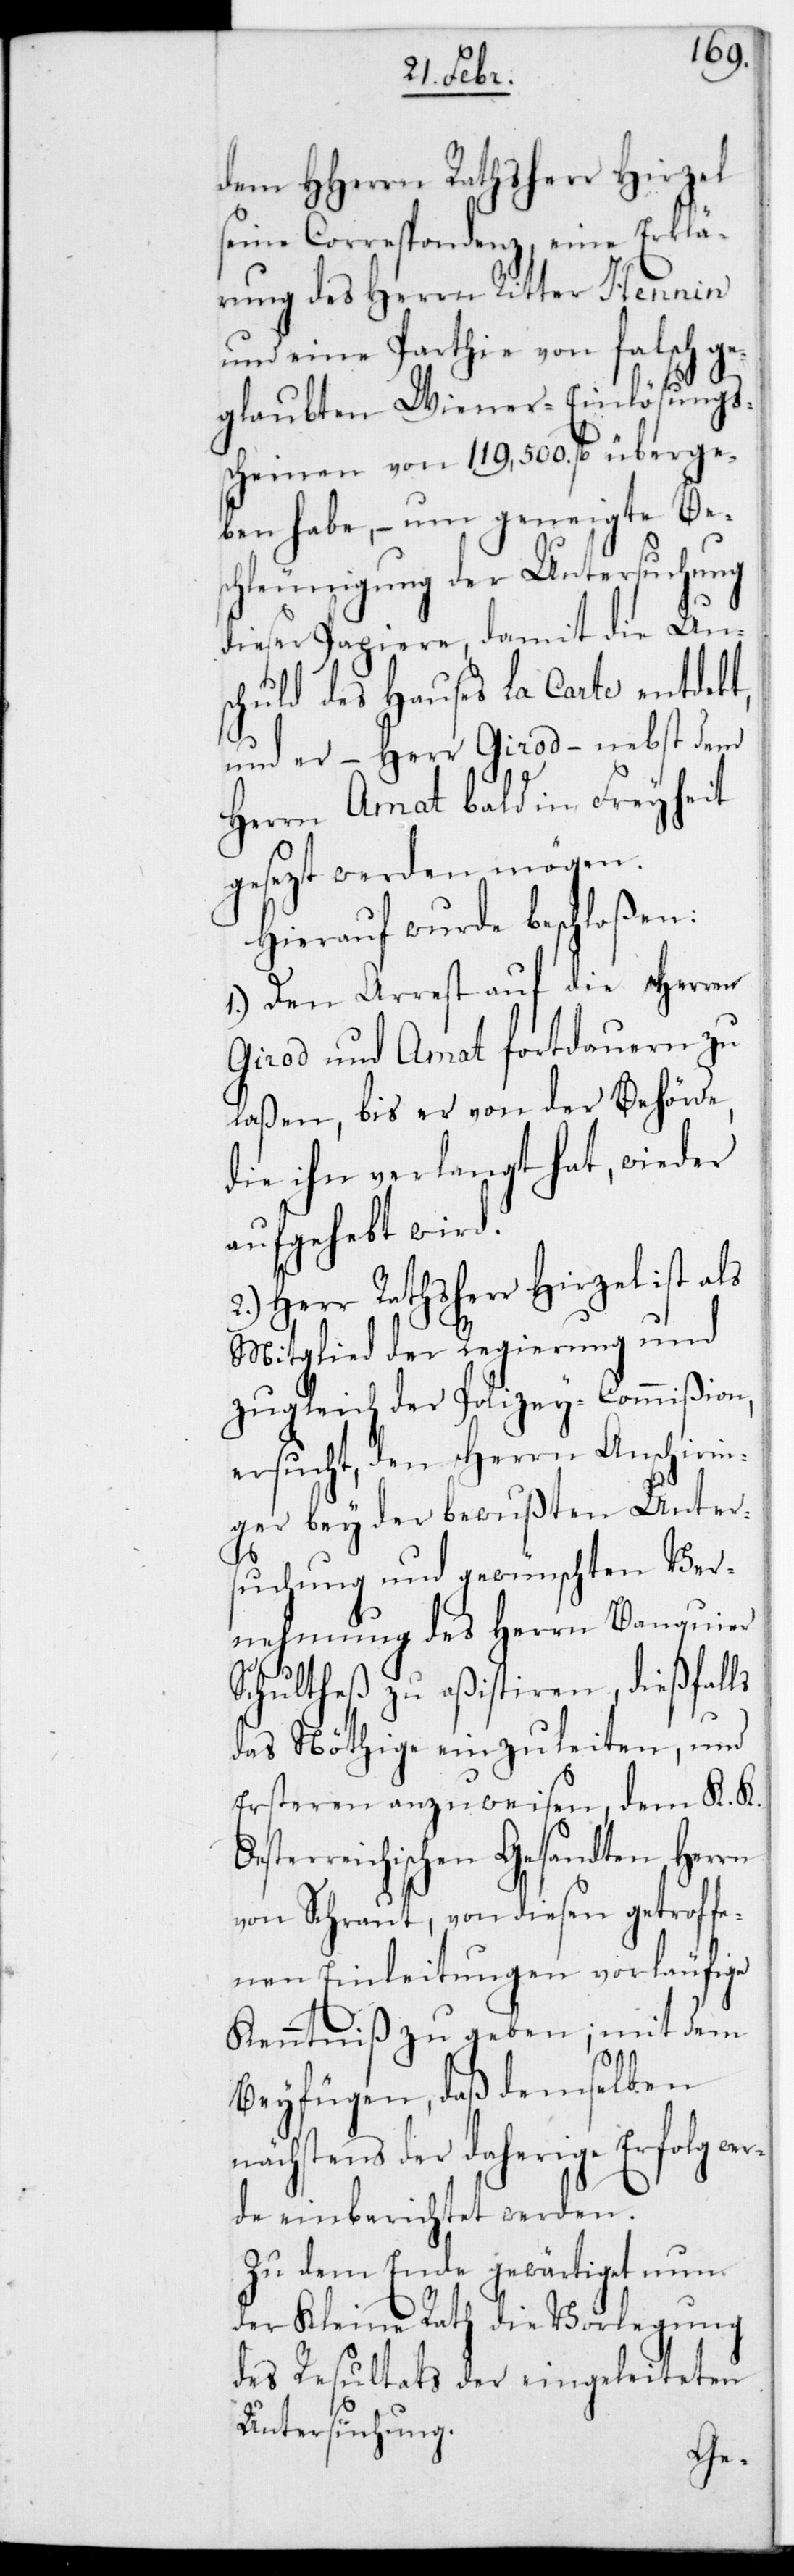
dem HHerrn Rathsherr Hirzel
seine Correspondenz, eine Erklä¬
rung des Herrn Ritter Hennin
und eine Partie von falsch ge¬
glaubten Wiener-Einlösungs¬
scheinen von 119,500. fl. überge¬
ben habe, – um geneigte Be¬
schleunigung der Untersuchung
dieser Papiere, damit die Un¬
schuld des Hauses La Carte entdeckt,
und er – Herr Girod – nebst dem
Herrn Amat bald in Freiheit
gesezt werden mögen.
Hierauf wurde beschloßen:
1.) Den Arrest auf die Herren
Girod und Amat fortdauern zu
laßen, bis er von der Behörde,
die ihn verlangt hat, wieder
aufgehebt wird.
2.) Herr Rathsherr Hirzel ist als
Mitglied der Regierung und
zugleich der Polizey-Commißion
ersucht, den Herrn Anschirin¬
ger bey der bewußten Unters¬
uchung und gewünschten Ver¬
nehmung des Herrn Banquier
Schultheß zu aßistieren, dießfalls
das Nöthige einzuleiten, und
ersteren anzuweisen, dem K. K.
sterreichischen Gesandten Herrn
von Schraut, von diesen getroffe¬
nen Einleitungen vorläufige
Kenntniß zu geben, mit dem
Beyfügen, daß demselben n¬
ächstens der daherige Erfolg we¬
rde einberichtet werden.
Zu dem Ende gewärtiget nun
der Kleine Rath die Vorlegung
des Resultats der eingeleiteten
Untersuchung.
Oe¬